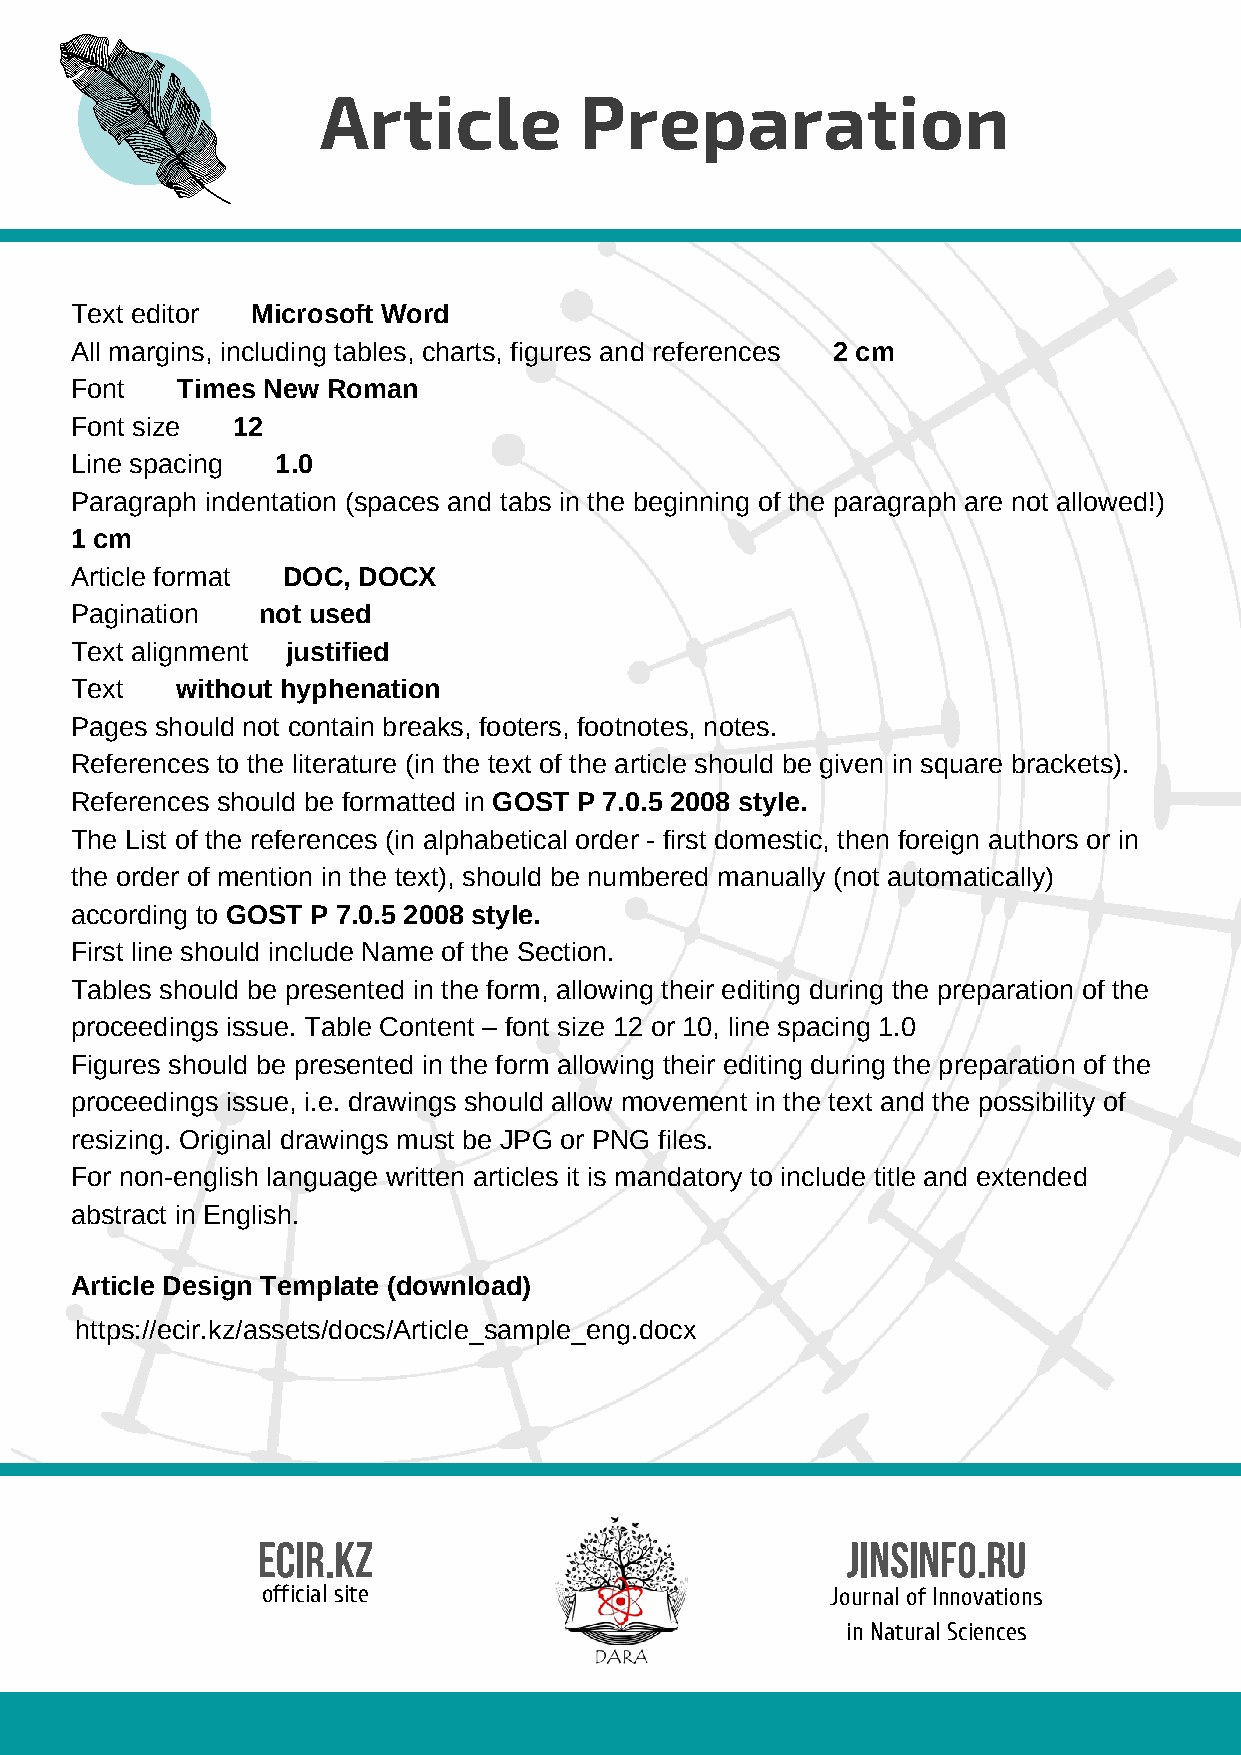
Article          Preparation
 Text editor Microsoft Word
 All margins, including tables, charts, figures and references 2 cm
 Font   Times New Roman
 Font size 12
 Line spacing 1.0
 Paragraph indentation (spaces and tabs in the beginning of the paragraph are not allowed!)
 1 cm
 Article format DOC, DOCX
 Pagination  not used
 Text alignment justified
 Text   without hyphenation
 Pages should not contain breaks, footers, footnotes, notes.
 References to the literature (in the text of the article should be given in square brackets).
 References should be formatted in GOST Р 7.0.5 2008 style.
 The List of the references (in alphabetical order - first domestic, then foreign authors or in
 the order of mention in the text), should be numbered manually (not automatically)
 according to GOST Р 7.0.5 2008 style.
 First line should include Name of the Section.
 Tables should be presented in the form, allowing their editing during the preparation of the
 proceedings issue. Table Content – font size 12 or 10, line spacing 1.0
 Figures should be presented in the form allowing their editing during the preparation of the
 proceedings issue, i.e. drawings should allow movement in the text and the possibility of
 resizing. Original drawings must be JPG or PNG files.
 For non-english language written articles it is mandatory to include title and extended
 abstract in English.
 Article Design Template (download)
 https://ecir.kz/assets/docs/Article_sample_eng.docx
 ECIR.KZ                                JINSinfo.ru
 official site                         Journal of Innovations
 in Natural Sciences